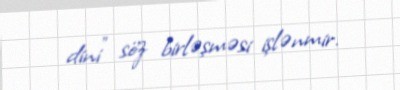
dini" söz birləşməsi işlənmir.